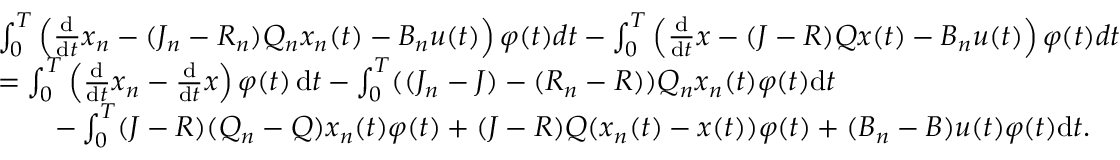
\begin{array} { r l } & { \int _ { 0 } ^ { T } \left( \frac { \mathrm { d } } { \mathrm { d } t } x _ { n } - ( J _ { n } - R _ { n } ) Q _ { n } x _ { n } ( t ) - B _ { n } u ( t ) \right) \varphi ( t ) d t - \int _ { 0 } ^ { T } \left( \frac { \mathrm { d } } { \mathrm { d } t } x - ( J - R ) Q x ( t ) - B _ { n } u ( t ) \right) \varphi ( t ) d t } \\ & { = \int _ { 0 } ^ { T } \left( \frac { \mathrm { d } } { \mathrm { d } t } x _ { n } - \frac { \mathrm { d } } { \mathrm { d } t } x \right) \varphi ( t ) \, \mathrm { d } t - \int _ { 0 } ^ { T } ( ( J _ { n } - J ) - ( R _ { n } - R ) ) Q _ { n } x _ { n } ( t ) \varphi ( t ) \mathrm { d } t } \\ & { \qquad - \int _ { 0 } ^ { T } ( J - R ) ( Q _ { n } - Q ) x _ { n } ( t ) \varphi ( t ) + ( J - R ) Q ( x _ { n } ( t ) - x ( t ) ) \varphi ( t ) + ( B _ { n } - B ) u ( t ) \varphi ( t ) \mathrm { d } t . } \end{array}